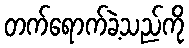
တက်ရောက်ခဲ့သည်ကို